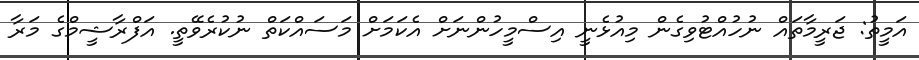
އަމީތު: ޖަރީމާތައް ނުހުއްޓުވިގެން މިއުޅެނީ އިސްމީހުންނަށް އެކަމަށް މަސައްކަތް ނުކުރެވޭތީ. އަފްރާޝީމްގެ މަރާ